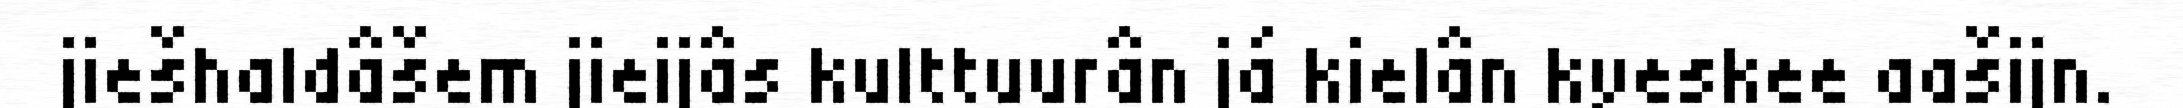
jiešhaldâšem jieijâs kulttuurân já kielân kyeskee aašijn.